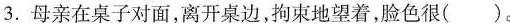
3.母亲在桌子对面，离开桌边，拘束地望着，脸色很()。